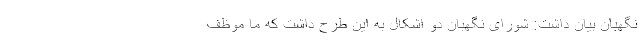
نگهبان بیان داشت: شورای نگهبان دو اشکال به این طرح داشت که ما موظف